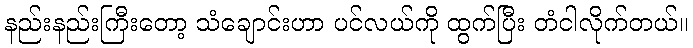
နည်းနည်းကြီးတော့ သံချောင်းဟာ ပင်လယ်ကို ထွက်ပြီး တံငါလိုက်တယ်။